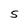
Character: S